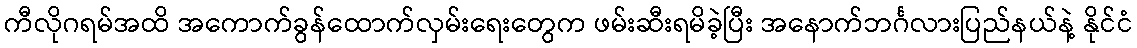
ကီလိုဂရမ်အထိ အကောက်ခွန်ထောက်လှမ်းရေးတွေက ဖမ်းဆီးရမိခဲ့ပြီး အနောက်ဘင်္ဂလားပြည်နယ်နဲ့ နိုင်ငံ